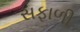
સફાળી